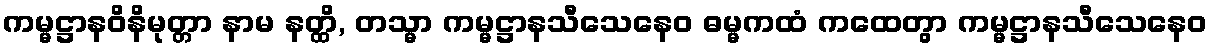
ကမ္မဋ္ဌာနဝိနိမုတ္တာ နာမ နတ္ထိ, တသ္မာ ကမ္မဋ္ဌာနသီသေနေဝ ဓမ္မကထံ ကထေတွာ ကမ္မဋ္ဌာနသီသေနေဝ